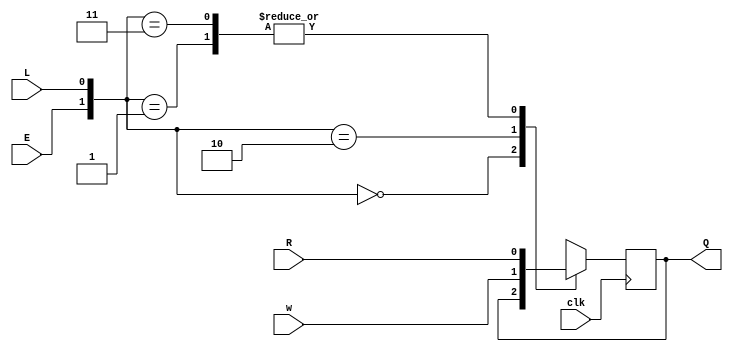
module top_module (
    input clk,
    input w, R, E, L,
    output reg Q
);
    wire [1:0] t = {E,L};
    
    always @(posedge clk) begin
        case(t)
            2'b00: Q <= Q;
            2'b01: Q <= R;
            2'b10: Q <= w;
            2'b11: Q <= R;
        endcase
    end

endmodule